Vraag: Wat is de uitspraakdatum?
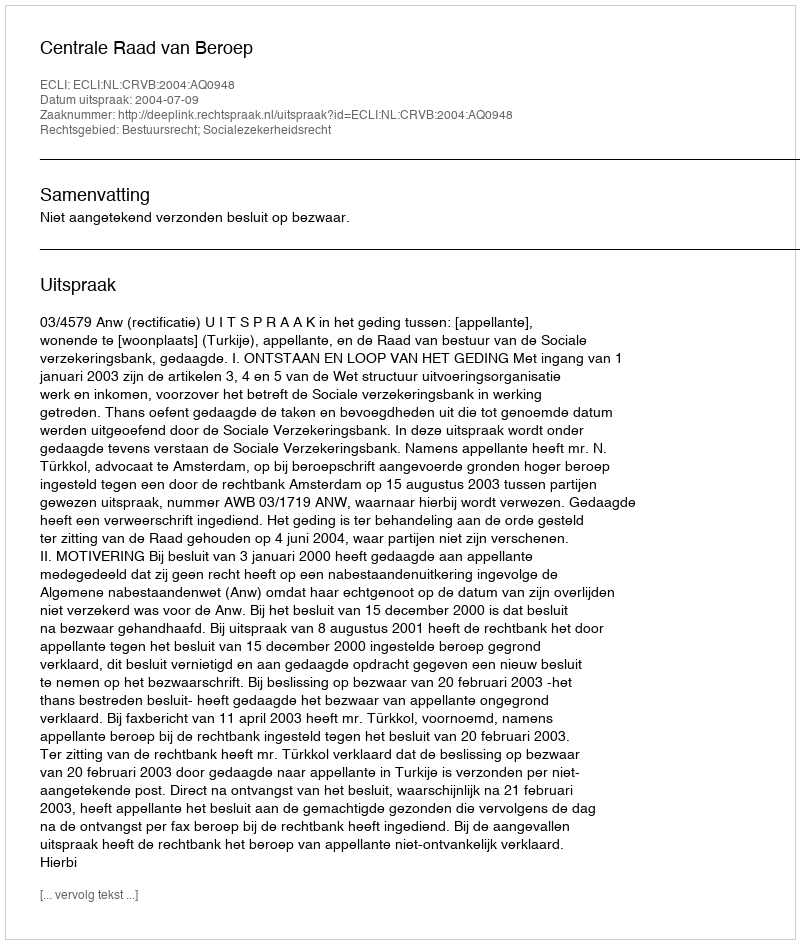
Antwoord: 2004-07-09